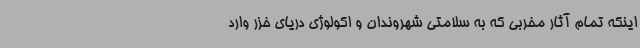
اینکه تمام آثار مخربی که به سلامتی شهروندان و اکولوژی دریای خزر وارد